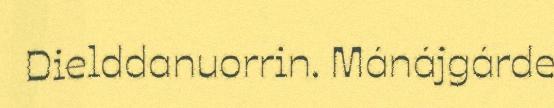
Dielddanuorrin. Mánájgárde